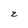
Character: z